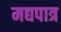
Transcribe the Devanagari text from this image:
मद्यपात्र